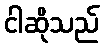
ငါဆိုသည်